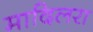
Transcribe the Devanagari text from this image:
मादिलरा